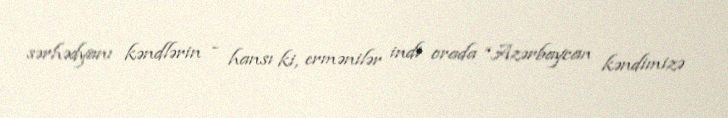
sərhədyanı kəndlərin - hansı ki, ermənilər indi orada “Azərbaycan kəndimizə